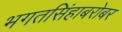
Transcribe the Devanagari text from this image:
भगतसिंहाबरोबर